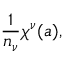
{ \frac { 1 } { n _ { \nu } } } \chi ^ { \nu } ( a ) ,